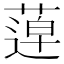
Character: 𦹢